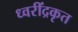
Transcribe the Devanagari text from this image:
ध्वरींद्रकृत